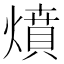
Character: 燌